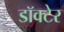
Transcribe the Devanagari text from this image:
डॉक्टेर